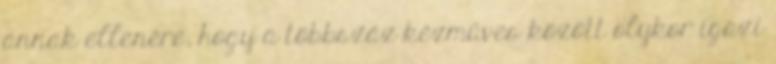
annak ellenére, hogy a többszáz kézműves között olykor igazi